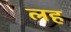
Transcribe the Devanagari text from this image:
लह